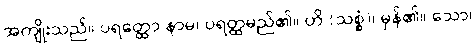
အကျိုးသည်။ ပရတ္ထော နာမ၊ ပရတ္ထမည်၏။ ဟိ (သစ္စံ)၊ မှန်၏။ သော၊